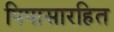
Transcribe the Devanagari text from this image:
पिपासारहित